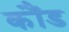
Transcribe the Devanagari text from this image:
कौंड